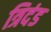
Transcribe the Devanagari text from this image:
त्रिदंड